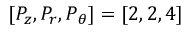
[ P _ { z } , P _ { r } , P _ { \theta } ] = [ 2 , 2 , 4 ]